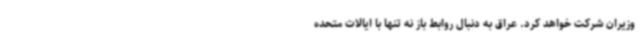
وزیران شرکت خواهد کرد. عراق به دنبال روابط باز نه تنها با ایالات متحده